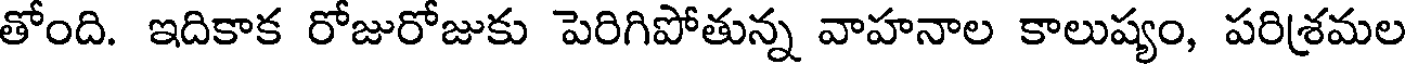
తోంది. ఇదికాక రోజురోజుకు పెరిగిపోతున్న వాహనాల కాలుష్యం, పరిశ్రమల